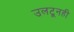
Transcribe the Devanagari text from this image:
उलटूनही